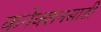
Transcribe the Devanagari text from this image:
कनेक्शनसाठी